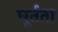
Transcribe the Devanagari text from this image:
घूर्तता